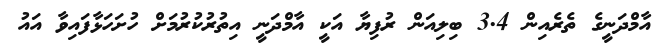
އާމްދަނީގެ ތެރެއިން 3.4 ބިލިއަން ރުފިޔާ އަކީ އާމްދަނީ އިތުރުކުރުމަށް ހުށަހަޅާފައިވާ އައު